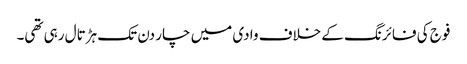
فوج کی فائرنگ کے خلاف وادی میں چار دن تک ہڑتال رہی تھی۔